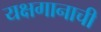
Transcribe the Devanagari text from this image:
यक्षगानाची